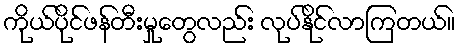
ကိုယ်ပိုင်ဖန်တီးမှုတွေလည်း လုပ်နိုင်လာကြတယ်။